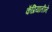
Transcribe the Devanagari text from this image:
कॅप्रियातीने